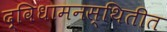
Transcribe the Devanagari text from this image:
द्विधामनस्थितीत